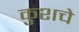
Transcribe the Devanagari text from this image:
कुशचे